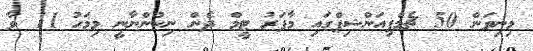
މިނިވަން 50 ޗެމްޕިއަންޝިޕްގައި މާފަރު ޓީމް ދެން ނިކުންނާނީ މިމަހު 11 ވާ